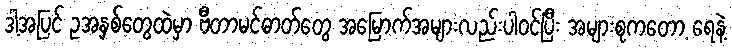
ဒါ့အပြင် ဥအနှစ်တွေထဲမှာ ဗီတာမင်ဓာတ်တွေ အမြောက်အများလည်းပါဝင်ပြီး အများစုကတော့ ရေနဲ့